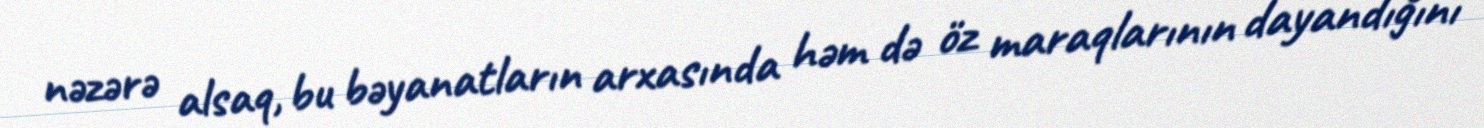
nəzərə alsaq, bu bəyanatların arxasında həm də öz maraqlarının dayandığını